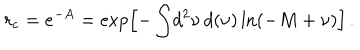
r _ { \mathrm { c } } = e ^ { - A } = \exp \Bigl [ - \int \! d ^ { 2 } \nu \, d ( \nu ) \ln ( - M + \nu ) \Bigr ] \, .